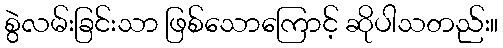
စွဲလမ်းခြင်းသာ ဖြစ်သောကြောင့် ဆိုပါသတည်း။